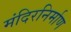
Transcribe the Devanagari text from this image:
मंदिरनिर्माण